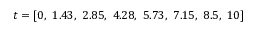
t = [ 0 , \ 1 . 4 3 , \ 2 . 8 5 , \ 4 . 2 8 , \ 5 . 7 3 , \ 7 . 1 5 , \ 8 . 5 , \ 1 0 ]